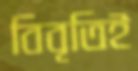
বিবৃতিই